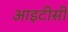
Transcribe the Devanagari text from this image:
आइटीसी